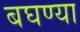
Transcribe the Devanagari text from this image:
बघण्या